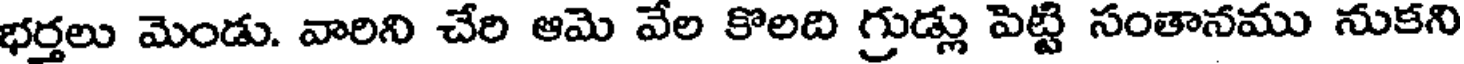
భర్తలు మెండు. వారిని చేరి ఆమె వేల కొలది గ్రుడ్లు పెట్టి సంతానము నుకని